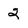
Character: 2